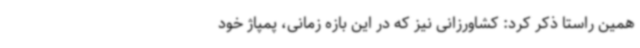
همین راستا ذکر کرد: کشاورزانی نیز که در این بازه زمانی، پمپاژ خود